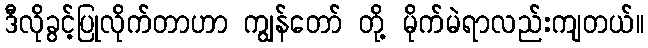
ဒီလိုခွင့်ပြုလိုက်တာဟာ ကျွန်တော် တို့ မိုက်မဲရာလည်းကျတယ်။